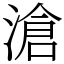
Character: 滄